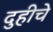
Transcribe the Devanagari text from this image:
दुहीचे